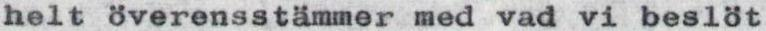
helt överensstämmer med vad vi beslöt